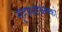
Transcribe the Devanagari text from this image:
गृहस्थाश्रमको